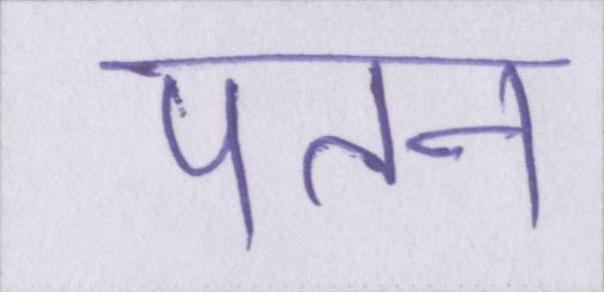
पतन